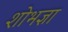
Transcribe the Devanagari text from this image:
शोभज्ञा